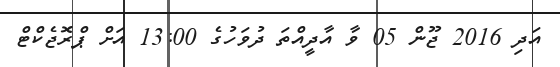
އަދި 2016 ޖޫން 05 ވާ އާދީއްތަ ދުވަހުގެ 13:00 އަށް ޕްރޮޖެކްޓް